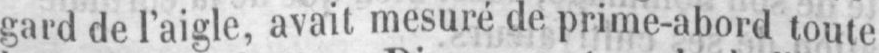
gard de l’aigle, avait mesuré de prime-abord toute